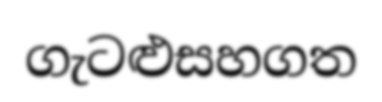
ගැටළුසහගත